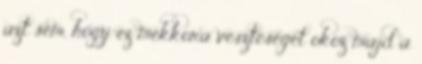
azt sem, hogy ez mekkora veszteséget okoz majd a